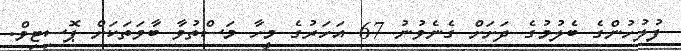
ފުލުހުންގެ ބެލުމުގެ ދަށަށް ގެނެވުނު 67 އަހަރުގެ މީހާ މަސްތުވާ ބާވަތަކަށް ޕޮސިޓިވް.